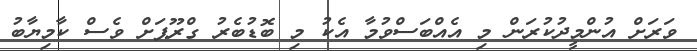
ވަރަށް އުންމީދުކުރަން މި އެއްބަސްވުމާ އެކު މި ބޮޑުބެރު ގްރޫޕަށް ވެސް ކާމިޔާބު